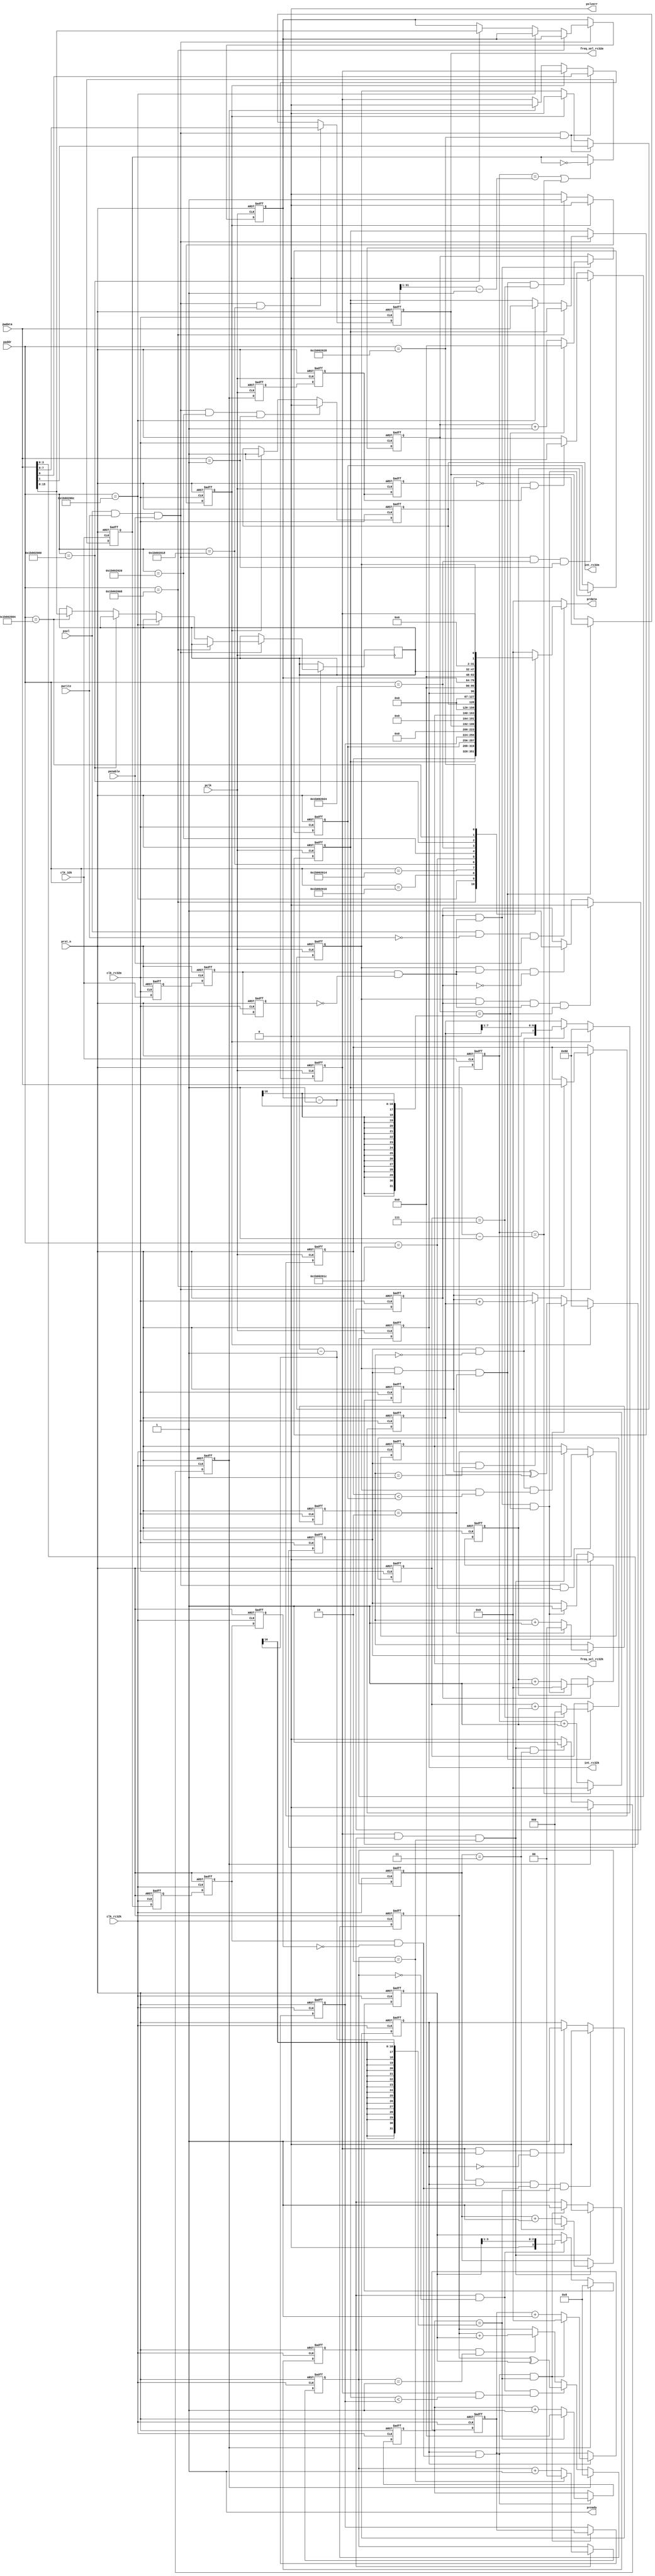
//===================================================================================
// Copyright (c) 2019 Corelink (beijing) Co., Ltd.
// Create by zhaowt.
//-----------------------------------------------------------------------------------
// Project Name       : CL1901
// Description        :
//-----------------------------------------------------------------------------------
//
//===================================================================================

module clk_calibration (
                        // APB BUS signals
                        pclk,
                        prst_n,
                        paddr,
                        pwdata,
                        pwrite,
                        penable,
                        psel,
                        prdata,
                        pready,
                        pslverr,
                        //standard clock input
                        clk_32k,//include xtal32768 or external clk-32768
                        clk_rc32m,
                        clk_rc32k,
                        //regulate bits
                        freq_sel_rc32m,
                        freq_sel_rc32k,
                        //interrupt output
                        int_rc32m,
                        int_rc32k
                       );
   
    //*********** parameter definition ********************//
    parameter   CBA   = 32'h1B00_2000;// standard clock divide for rc32m
    parameter   SCD_H = CBA + 32'h00;// standard clock divide for rc32m
    parameter   SCD_L = CBA + 32'h04;// standard clock divide for rc32k
    parameter   SCV_H = CBA + 32'h08;// standard count value for rc32m
    parameter   SCV_L = CBA + 32'h0c;// standard count value for rc32k
    parameter   FCV_H = CBA + 32'h10;// final count value for rc32m,read only
    parameter   FCV_L = CBA + 32'h14;// final count value for rc32k,read only
    parameter   SVS_H = CBA + 32'h18;// set value of high clk select
    parameter   SVS_L = CBA + 32'h1c;// set value of low clk select
    parameter   INT_H = CBA + 32'h20;// interrupt of high clk
    parameter   INT_L = CBA + 32'h24;// interrupt of low clk
    parameter   SCO   = CBA + 32'h28;// start for calibration operation,

    parameter   STABLE_CY = 8'b0000_1111;//wait 15 cycle before count
    parameter   INT_CLR = 32'h01;
   

    // APB Bus
    input 				pclk;            // APB bus clock
    input 				prst_n;          // Async reset of APB bus
    input  [31:0]       paddr;           // apb bus address
    input  [31:0]       pwdata;          // apb bus write data signals
    input               pwrite;          // apb bus write signal
    input               psel;            // apb bus select signal
    input               penable;         // apb bus operation enable signal 
    output [31:0]       prdata;          // apb bus read data signals
    output              pready;          // apb bus slave ready signal
    output              pslverr;         // apb bus slave pslverr signal
    //
    input               clk_32k;
    input               clk_rc32m;
    input               clk_rc32k;
    output [7:0]        freq_sel_rc32m;
    output [3:0]        freq_sel_rc32k;
    output              int_rc32m;
    output              int_rc32k;
    //SYSC
    wire   [31:0]       prdata;
    reg    [31:0]       prdata_tmp;
    wire                apb_wr_en;
    wire                apb_rd_en;
    reg    [31:0]       cnt_clk_32k_rc32k;
    reg                 clk_32k_rc32k;
    reg    [31:0]       cnt_rc32m,cnt_rc32k;
    reg                 clk_32k_sync_rc32m_d0,clk_32k_sync_rc32m_d1,clk_32k_sync_rc32m_d2;
    reg                 clk_32k_sync_rc32k_d0,clk_32k_sync_rc32k_d1,clk_32k_sync_rc32k_d2;
    reg                 stable_rc32m,stable_rc32k;
    reg                 en_cnt_rc32m,en_cnt_rc32k;
    reg                 regulate_rc32m,regulate_rc32k;
    reg    [7:0]        cnt_stable_rc32m,cnt_stable_rc32k;
    //wire                clk_32k_sync_rc32m_negedge;
    wire                clk_32k_sync_rc32m_posedge;
    wire                finish_rc32m_calib,finish_rc32k_calib;
    wire                clk_32k_sync_rc32k_posedge;
    //wire                clk_32k_sync_rc32k_negedge;
        
    reg   [31:0]        ref_value_rc32m,ref_value_rc32k; 
    reg   [15:0]        num_standard_clk_rc32m,num_standard_clk_rc32k;
    reg   [15:0]        cnt_num_standard_clk_rc32m;
    reg   [15:0]        cnt_num_standard_clk_rc32k;
    reg                 start4rc32m,start4rc32k;        
    reg                 int_rc32m,int_rc32k;
    reg   [1:0]         regulate_state_rc32m;
    reg   [1:0]         regulate_state_rc32k;
    reg   [31:0]        final_value_rc32m,final_value_rc32k;
    reg                 regulate_rc32m_finish;
    reg                 regulate_rc32k_finish;
    reg   [7:0]         next_freq_sel_rc32m,shift_reg_rc32m,freq_sel_rc32m;
    reg   [3:0]         next_freq_sel_rc32k,shift_reg_rc32k,freq_sel_rc32k;
    reg   [2:0]         cnt_regulate_rc32m_finish;
    reg   [2:0]         cnt_regulate_rc32k_finish;
    wire                slow_rc32m,fast_rc32m,standard_rc32m;
    wire                slow_rc32k,fast_rc32k,standard_rc32k;
    wire                once_regulate_rc32m_finish;
    wire                once_regulate_rc32k_finish;
    wire                regulate_rc32k_posedge;
    reg                 regulate_rc32k_finish_d0;
    reg                 regulate_rc32k_finish_d1;
    reg                 regulate_rc32k_finish_d2;

    //******************* Logics ************************************//
    assign pready = 1'b1;
    assign pslverr = 1'b0;
    assign apb_wr_en = psel && pwrite && penable;
    assign apb_rd_en = psel && ~pwrite && penable;   
    assign slow_rc32m = start4rc32m && (ref_value_rc32m > final_value_rc32m);
    assign fast_rc32m = start4rc32m && (ref_value_rc32m < final_value_rc32m);
    assign standard_rc32m = start4rc32m && (ref_value_rc32m == cnt_rc32m);
    assign once_regulate_rc32m_finish = start4rc32m && regulate_rc32m && (regulate_state_rc32m == 2'b10);
    //
    assign slow_rc32k = start4rc32k && (ref_value_rc32k > final_value_rc32k);
    assign fast_rc32k = start4rc32k && (ref_value_rc32k < final_value_rc32k);
    assign standard_rc32k = start4rc32k && (ref_value_rc32k == cnt_rc32k);
    assign once_regulate_rc32k_finish = start4rc32k && regulate_rc32k && (regulate_state_rc32k == 2'b10);
    //=================================//
    //======APB Bus Write Process======//
    //=================================//
    
    //
    always@(posedge pclk or negedge prst_n)
        begin
            if(!prst_n)
                begin
                    ref_value_rc32m <= 32'h0;
                    ref_value_rc32k <= 32'h0;
                    num_standard_clk_rc32m <= 16'h0;
                end
            else if(apb_wr_en)
                begin
                    if(paddr == SCV_H)
                         ref_value_rc32m <= pwdata;
                    else if(paddr == SCV_L)
                         ref_value_rc32k <= pwdata;
                    else if(paddr == SCD_H)
                         num_standard_clk_rc32m <= pwdata[16:0];
                    else if(paddr == SCD_L)
                         num_standard_clk_rc32k <= pwdata[16:0];
                end
        end

    //APB BUS read operation
    always@(*)
        begin
            case(paddr)
                SCV_H  : prdata_tmp = ref_value_rc32m;
                SCV_L  : prdata_tmp = ref_value_rc32k;
                FCV_H  : prdata_tmp = final_value_rc32m;
                FCV_L  : prdata_tmp = final_value_rc32k;
                SVS_H  : prdata_tmp = {24'h0,freq_sel_rc32m};
                SVS_L  : prdata_tmp = {28'h0,freq_sel_rc32k};
                INT_H  : prdata_tmp = {31'h0,int_rc32m};
                INT_L  : prdata_tmp = {31'h0,int_rc32k};
                SCD_H  : prdata_tmp = {16'h0,num_standard_clk_rc32m};
                SCD_L  : prdata_tmp = {16'h0,num_standard_clk_rc32k};
                SCO    : prdata_tmp = {30'h0,start4rc32m,start4rc32k};
                default: prdata_tmp = 32'h0;
            endcase
        end
    assign prdata = apb_rd_en ? prdata_tmp : 32'h0;

    always@(posedge pclk or negedge prst_n)
        begin
            if(!prst_n)
                begin
                    start4rc32m <= 1'b0;
                    start4rc32k <= 1'b0;
                end
            else if(apb_wr_en && (paddr == SCO))
                begin
                    start4rc32m <= pwdata[1];
                    start4rc32k <= pwdata[0];
                end
            //else if(finish_rc32m_calib)
            else if(regulate_rc32m_finish)
                    start4rc32m <= 1'b0;
            //else if(finish_rc32k_calib)
            else if(regulate_rc32k_finish)
                    start4rc32k <= 1'b0;
        end

    //generate time for rc32m
    always@(posedge clk_rc32m or negedge prst_n)
        begin
            if(!prst_n)
                begin
                    clk_32k_sync_rc32m_d0 <= 1'b0;
                    clk_32k_sync_rc32m_d1 <= 1'b0;
                    clk_32k_sync_rc32m_d2 <= 1'b0;
                end
            else
                begin
                    clk_32k_sync_rc32m_d0 <= clk_32k;
                    clk_32k_sync_rc32m_d1 <= clk_32k_sync_rc32m_d0;
                    clk_32k_sync_rc32m_d2 <= clk_32k_sync_rc32m_d1;
                end
        end

    assign clk_32k_sync_rc32m_posedge =  clk_32k_sync_rc32m_d1 && ~clk_32k_sync_rc32m_d2;
    //assign clk_32k_sync_rc32m_negedge = ~clk_32k_sync_rc32m_d1 &&  clk_32k_sync_rc32m_d2;
    
    always@(posedge clk_rc32m or negedge prst_n)
        begin
            if(!prst_n)
                stable_rc32m <= 1'b1;//default rc32m is stable 
            else if(!start4rc32m)
                stable_rc32m <= 1'b1; 
            else if(start4rc32m && (cnt_stable_rc32m == STABLE_CY))
                stable_rc32m <= 1'b1; 
            else if(start4rc32m && once_regulate_rc32m_finish)
                stable_rc32m <= 1'b0; 
        end

    always@(posedge clk_rc32m or negedge prst_n)
        begin
            if(!prst_n)
                en_cnt_rc32m <= 1'b0; 
            else if(start4rc32m && en_cnt_rc32m && clk_32k_sync_rc32m_posedge && (cnt_num_standard_clk_rc32m == (num_standard_clk_rc32m-1)))
                en_cnt_rc32m <= 1'b0; 
            else if(start4rc32m && clk_32k_sync_rc32m_posedge && ~en_cnt_rc32m)
                en_cnt_rc32m <= 1'b1; 
        end

    always@(posedge clk_rc32m or negedge prst_n)
        begin
            if(!prst_n)
                cnt_stable_rc32m <= 8'h0; 
            else if(start4rc32m && ~stable_rc32m)
                begin
                    if(cnt_stable_rc32m == STABLE_CY)
                        cnt_stable_rc32m <= 8'h0; 
                    else
                        cnt_stable_rc32m <= cnt_stable_rc32m + 8'h1; 
                end
        end

    always@(posedge clk_rc32m or negedge prst_n)
        begin
            if(!prst_n)
                cnt_rc32m <= 32'h0;
            else if(en_cnt_rc32m)
                begin
                   //if(clk_32k_sync_rc32m_posedge)
                    if(en_cnt_rc32m && clk_32k_sync_rc32m_posedge && (cnt_num_standard_clk_rc32m == (num_standard_clk_rc32m-1)))
                       cnt_rc32m <= 32'h0;
                   else
                       cnt_rc32m <= cnt_rc32m + 32'h1;
                end
        end

    always@(posedge clk_rc32m or negedge prst_n)
        begin
            if(!prst_n)
                cnt_num_standard_clk_rc32m <= 16'h0;
            else if(en_cnt_rc32m && clk_32k_sync_rc32m_posedge)
                begin
                    if(cnt_num_standard_clk_rc32m == (num_standard_clk_rc32m-1))
                        cnt_num_standard_clk_rc32m <= 16'h0;
                    else
                        cnt_num_standard_clk_rc32m <= cnt_num_standard_clk_rc32m + 16'b1;
                end
        end

    //always@(posedge ref_value_rc32m or negedge prst_n)
    always@(posedge clk_rc32m or negedge prst_n)
        begin
            if(!prst_n)
                regulate_rc32m <= 1'b0;
            else if(once_regulate_rc32m_finish)
                regulate_rc32m <= 1'b0;
            else if(en_cnt_rc32m && clk_32k_sync_rc32m_posedge && (cnt_num_standard_clk_rc32m == (num_standard_clk_rc32m-1)))
                regulate_rc32m <= 1'b1;
        end



    always@(posedge clk_rc32m or negedge prst_n)
        begin
            if(!prst_n)
                final_value_rc32m <= 32'h0;
            //else if(en_cnt_rc32m && clk_32k_sync_rc32m_posedge)
            else if(en_cnt_rc32m && clk_32k_sync_rc32m_posedge && (cnt_num_standard_clk_rc32m == (num_standard_clk_rc32m-1)))
                final_value_rc32m <= cnt_rc32m;
        end

    always@(posedge clk_rc32m or negedge prst_n)
        begin
            if(!prst_n)
                regulate_state_rc32m <= 2'b00;
            else if(regulate_rc32m)
                begin
                    if(regulate_state_rc32m == 2'b10)
                        regulate_state_rc32m <= 2'b00;
                    else
                        regulate_state_rc32m <= regulate_state_rc32m + 2'b1;
                end
        end

    always@(posedge clk_rc32m or negedge prst_n)
        begin
            if(!prst_n)
                next_freq_sel_rc32m <= 8'b1000_0000;
            else if(regulate_rc32m_finish)
                next_freq_sel_rc32m <= 8'b1000_0000;
            else if(regulate_rc32m && (regulate_state_rc32m == 2'b00) && fast_rc32m)
                next_freq_sel_rc32m <= next_freq_sel_rc32m ^ shift_reg_rc32m;
            else if(regulate_rc32m && (regulate_state_rc32m == 2'b01))
                next_freq_sel_rc32m <= next_freq_sel_rc32m + shift_reg_rc32m;
        end
    //reagulate rc32m 
    always@(posedge clk_rc32m or negedge prst_n)
        begin
            if(!prst_n)
                shift_reg_rc32m <= 8'b1000_0000;       
            else if(regulate_rc32m_finish)
                shift_reg_rc32m <= 8'b1000_0000;       
            else if(regulate_rc32m && (regulate_state_rc32m == 2'b00))
                shift_reg_rc32m <= {1'b0,shift_reg_rc32m[7:1]};       
        end

    always@(posedge clk_rc32m or negedge prst_n)
        begin
            if(!prst_n)
                freq_sel_rc32m <= 8'b1000_0000;
            else if(apb_wr_en && (paddr == SVS_H))
                freq_sel_rc32m <= pwdata[7:0];
            else if(start4rc32m && regulate_rc32m && (regulate_state_rc32m == 2'b10))
                freq_sel_rc32m <= next_freq_sel_rc32m;
        end

    always@(posedge clk_rc32m or negedge prst_n)
        begin
            if(!prst_n)
                regulate_rc32m_finish <= 1'b0;
            else if(regulate_rc32m_finish)
                regulate_rc32m_finish <= 1'b0;
            else if(once_regulate_rc32m_finish && (cnt_regulate_rc32m_finish == 3'b111))
                regulate_rc32m_finish <= 1'b1;
        end
    always@(posedge clk_rc32m or negedge prst_n)
        begin
            if(!prst_n)
                cnt_regulate_rc32m_finish <= 3'b000;
            else if(once_regulate_rc32m_finish)
                begin
                    if(cnt_regulate_rc32m_finish == 3'b111)
                        cnt_regulate_rc32m_finish <= 3'b000;
                    else
                        cnt_regulate_rc32m_finish <= cnt_regulate_rc32m_finish + 3'b001;
                end
        end        
    
    //interrupt of rc32m_calib
    always@(posedge clk_rc32m or negedge prst_n)
        begin
            if(!prst_n)
                int_rc32m <= 1'b0;
            else if(apb_wr_en && (paddr == INT_H) && (pwdata == INT_CLR))
                int_rc32m <= 1'b0;
            else if(regulate_rc32m_finish)
                int_rc32m <= 1'b1;
        end

//============================================================//
//32k

    //
    always@(posedge clk_32k or negedge prst_n)
        begin
            if(!prst_n)
                cnt_clk_32k_rc32k <= 32'h0;
            else if(cnt_clk_32k_rc32k == (ref_value_rc32k-1))
                cnt_clk_32k_rc32k <= 32'h0;
            else
                cnt_clk_32k_rc32k <= cnt_clk_32k_rc32k + 32'h1;
        end

    always@(posedge clk_32k or negedge prst_n)
        begin
            if(!prst_n)
                clk_32k_rc32k <= 1'b0;
            else if((cnt_clk_32k_rc32k == (ref_value_rc32k[31:1]-1)) || (cnt_clk_32k_rc32k == (ref_value_rc32k-1)))
                clk_32k_rc32k <= ~clk_32k_rc32k;
        end    
    //generate time for rc32k
    always@(posedge clk_rc32k or negedge prst_n)
        begin
            if(!prst_n)
                begin
                    clk_32k_sync_rc32k_d0 <= 1'b0;
                    clk_32k_sync_rc32k_d1 <= 1'b0;
                    clk_32k_sync_rc32k_d2 <= 1'b0;
                end
            else
                begin
                    //clk_32k_sync_rc32k_d0 <= clk_32k;
                    clk_32k_sync_rc32k_d0 <= clk_32k_rc32k;
                    clk_32k_sync_rc32k_d1 <= clk_32k_sync_rc32k_d0;
                    clk_32k_sync_rc32k_d2 <= clk_32k_sync_rc32k_d1;
                end
        end
    assign clk_32k_sync_rc32k_posedge =  clk_32k_sync_rc32k_d1 && ~clk_32k_sync_rc32k_d2;
    //assign clk_32k_sync_rc32k_negedge = ~clk_32k_sync_rc32k_d1 &&  clk_32k_sync_rc32k_d2;
    
    always@(posedge clk_rc32k or negedge prst_n)
        begin
            if(!prst_n)
                stable_rc32k <= 1'b1;//default rc32k is stable 
            else if(!start4rc32k)
                stable_rc32k <= 1'b1; 
            else if(start4rc32k && (cnt_stable_rc32k == STABLE_CY))
                stable_rc32k <= 1'b1; 
            else if(start4rc32k && once_regulate_rc32k_finish)
                stable_rc32k <= 1'b0; 
        end

    always@(posedge clk_rc32k or negedge prst_n)
        begin
            if(!prst_n)
                en_cnt_rc32k <= 1'b0; 
            else if(start4rc32k && en_cnt_rc32k && clk_32k_sync_rc32k_posedge && (cnt_num_standard_clk_rc32k == (num_standard_clk_rc32k-1)))
                en_cnt_rc32k <= 1'b0; 
            else if(start4rc32k && clk_32k_sync_rc32k_posedge && ~en_cnt_rc32k)
                en_cnt_rc32k <= 1'b1; 
        end

    always@(posedge clk_rc32k or negedge prst_n)
        begin
            if(!prst_n)
                cnt_stable_rc32k <= 8'h0; 
            else if(start4rc32k && ~stable_rc32k)
                begin
                    if(cnt_stable_rc32k == STABLE_CY)
                        cnt_stable_rc32k <= 8'h0; 
                    else
                        cnt_stable_rc32k <= cnt_stable_rc32k + 8'h1; 
                end
        end

    always@(posedge clk_rc32k or negedge prst_n)
        begin
            if(!prst_n)
                cnt_rc32k <= 32'h0;
            else if(en_cnt_rc32k)
                begin
                   //if(clk_32k_sync_rc32k_posedge)
                    if(en_cnt_rc32k && clk_32k_sync_rc32k_posedge && (cnt_num_standard_clk_rc32k == (num_standard_clk_rc32k-1)))
                       cnt_rc32k <= 32'h0;
                   else
                       cnt_rc32k <= cnt_rc32k + 32'h1;
                end
        end

    always@(posedge clk_rc32k or negedge prst_n)
        begin
            if(!prst_n)
                cnt_num_standard_clk_rc32k <= 16'h0;
            else if(en_cnt_rc32k && clk_32k_sync_rc32k_posedge)
                begin
                    if(cnt_num_standard_clk_rc32k == (num_standard_clk_rc32k-1))
                        cnt_num_standard_clk_rc32k <= 16'h0;
                    else
                        cnt_num_standard_clk_rc32k <= cnt_num_standard_clk_rc32k + 16'b1;
                end
        end

    //always@(posedge ref_value_rc32k or negedge prst_n)
    always@(posedge clk_rc32k or negedge prst_n)
        begin
            if(!prst_n)
                regulate_rc32k <= 1'b0;
            else if(once_regulate_rc32k_finish)
                regulate_rc32k <= 1'b0;
            else if(en_cnt_rc32k && clk_32k_sync_rc32k_posedge && (cnt_num_standard_clk_rc32k == (num_standard_clk_rc32k-1)))
                regulate_rc32k <= 1'b1;
        end

    always@(posedge clk_rc32k or negedge prst_n)
        begin
            if(!prst_n)
                final_value_rc32k <= 32'h0;
            //else if(en_cnt_rc32k && clk_32k_sync_rc32k_posedge)
            else if(en_cnt_rc32k && clk_32k_sync_rc32k_posedge && (cnt_num_standard_clk_rc32k == (num_standard_clk_rc32k-1)))
                final_value_rc32k <= cnt_rc32k;
        end

    always@(posedge clk_rc32k or negedge prst_n)
        begin
            if(!prst_n)
                regulate_state_rc32k <= 2'b00;
            else if(regulate_rc32k)
                begin
                    if(regulate_state_rc32k == 2'b10)
                        regulate_state_rc32k <= 2'b00;
                    else
                        regulate_state_rc32k <= regulate_state_rc32k + 2'b1;
                end
        end

    always@(posedge clk_rc32k or negedge prst_n)
        begin
            if(!prst_n)
                next_freq_sel_rc32k <= 4'b1000;
            else if(regulate_rc32k_finish)
                next_freq_sel_rc32k <= 4'b1000;
            else if(regulate_rc32k && (regulate_state_rc32k == 2'b00) && fast_rc32k)
                next_freq_sel_rc32k <= next_freq_sel_rc32k ^ shift_reg_rc32k;
            else if(regulate_rc32k && (regulate_state_rc32k == 2'b01))
                next_freq_sel_rc32k <= next_freq_sel_rc32k + shift_reg_rc32k;
        end
    //reagulate rc32k 
    always@(posedge clk_rc32k or negedge prst_n)
        begin
            if(!prst_n)
                shift_reg_rc32k <= 4'b1000;       
            else if(regulate_rc32k_finish)
                shift_reg_rc32k <= 4'b1000;       
            else if(regulate_rc32k && (regulate_state_rc32k == 2'b00))
                shift_reg_rc32k <= {1'b0,shift_reg_rc32k[3:1]};       
        end

    always@(posedge clk_rc32k or negedge prst_n)
        begin
            if(!prst_n)
                freq_sel_rc32k <= 4'b1000;
            else if(apb_wr_en && (paddr == SVS_L))
                freq_sel_rc32k <= pwdata[3:0];
            else if(start4rc32k && regulate_rc32k && (regulate_state_rc32k == 2'b10))
                freq_sel_rc32k <= next_freq_sel_rc32k;
        end

    always@(posedge clk_rc32k or negedge prst_n)
        begin
            if(!prst_n)
                regulate_rc32k_finish <= 1'b0;
            else if(regulate_rc32k_finish)
                regulate_rc32k_finish <= 1'b0;
            else if(once_regulate_rc32k_finish && (cnt_regulate_rc32k_finish == 2'b11))
                regulate_rc32k_finish <= 1'b1;
        end
    always@(posedge clk_rc32k or negedge prst_n)
        begin
            if(!prst_n)
                cnt_regulate_rc32k_finish <= 2'b00;
            else if(once_regulate_rc32k_finish)
                begin
                    if(cnt_regulate_rc32k_finish == 2'b11)
                        cnt_regulate_rc32k_finish <= 2'b00;
                    else
                        cnt_regulate_rc32k_finish <= cnt_regulate_rc32k_finish + 2'b01;
                end
        end        
    
    //interrupt of rc32k_calib
    always@(posedge pclk or negedge prst_n)
        begin
            if(!prst_n)
                begin
                    regulate_rc32k_finish_d0 <= 1'b0;
                    regulate_rc32k_finish_d1 <= 1'b0;
                    regulate_rc32k_finish_d2 <= 1'b0;
                end
            else
                begin
                    regulate_rc32k_finish_d0 <= regulate_rc32k_finish;
                    regulate_rc32k_finish_d1 <= regulate_rc32k_finish_d0;
                    regulate_rc32k_finish_d2 <= regulate_rc32k_finish_d1;
                end
        end

    assign regulate_rc32k_posedge = ~regulate_rc32k_finish_d2 && regulate_rc32k_finish_d1;
    always@(posedge pclk or negedge prst_n)
        begin
            if(!prst_n)
                int_rc32k <= 1'b0;
            else if(apb_wr_en && (paddr == INT_L) && (pwdata == INT_CLR))
                int_rc32k <= 1'b0;
            else if(regulate_rc32k_posedge)
                int_rc32k <= 1'b1;
        end

endmodule //